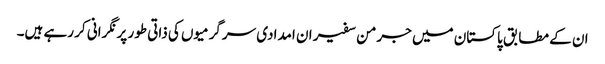
ان کے مطابق پاکستان میں جرمن سفیر ان امدادی سرگرمیوں کی ذاتی طور پر نگرانی کر رہے ہیں۔